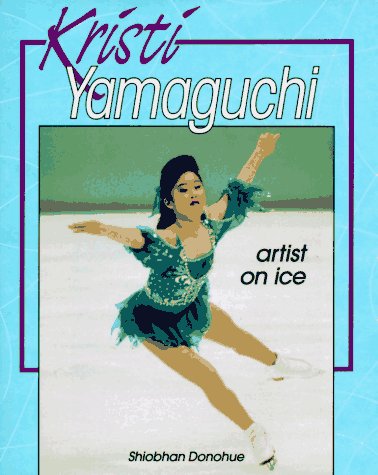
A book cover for Kristi Yamaguchi: Artist on Ice (Achievers); Shiobhan Donohue; Children's Books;